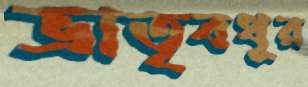
ভ্রাতৃবধূর